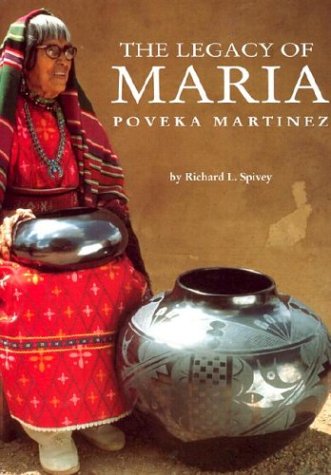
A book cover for The Legacy of Maria Poveka Martinez; Richard L. Spivey; Arts & Photography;